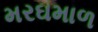
મરઘમાળ